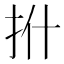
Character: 𪭡